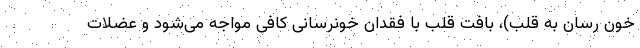
خون رسان به قلب)، بافت قلب با فقدان خونرسانی کافی مواجه می‌شود و عضلات